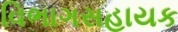
વિભાગસહાયક